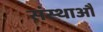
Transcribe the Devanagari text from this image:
संस्थाऔं